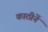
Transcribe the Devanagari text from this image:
काठीनें